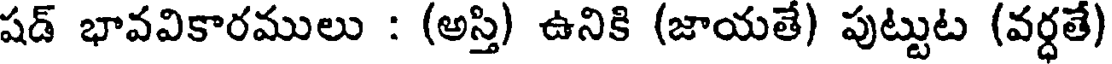
షడ్ భావవికారములు : (అస్తి) ఉనికి (జాయతే) పుట్టుట (వర్ధతే)